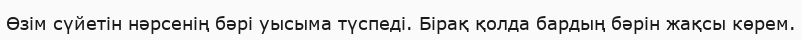
Өзім сүйетін нәрсенің бәрі уысыма түспеді. Бірақ қолда бардың бәрін жақсы көрем.